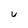
Character: U